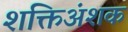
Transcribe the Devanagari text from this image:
शक्तिअंशक